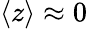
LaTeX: \langle z\rangle\approx 0